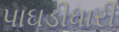
પાઘડીધારી